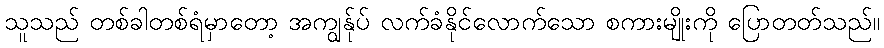
သူသည် တစ်ခါတစ်ရံမှာတော့ အကျွန်ုပ် လက်ခံနိုင်လောက်သော စကားမျိုးကို ပြောတတ်သည်။